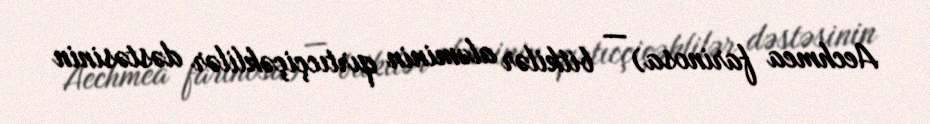
Aechmea farinosa) — bitkilər aləminin qırtıcçiçəklilər dəstəsinin